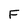
Character: F